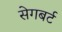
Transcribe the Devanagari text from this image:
सेगबर्ट